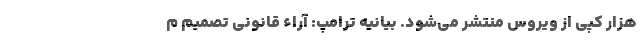
هزار کپی از ویروس منتشر می‌شود. بیانیه ترامپ: آراء قانونی تصمیم م